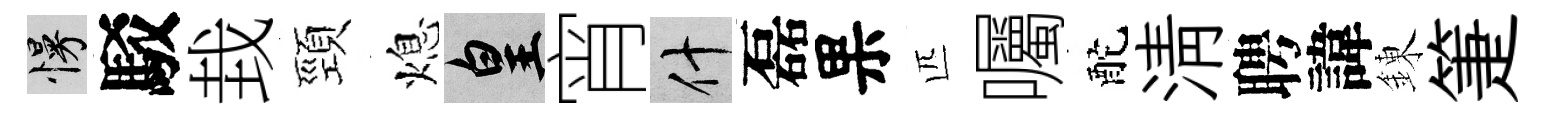
慢駁㘽頸熄皇宵什磊果匹囑酡清聘諱錬箑